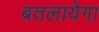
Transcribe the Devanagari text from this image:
बतलायेगा